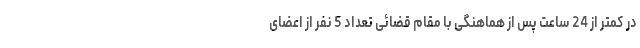
در کمتر از 24 ساعت پس از هماهنگی با مقام قضائی تعداد 5 نفر از اعضای